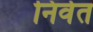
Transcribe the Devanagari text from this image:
निर्वत